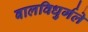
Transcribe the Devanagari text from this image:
बालविधुर्गले